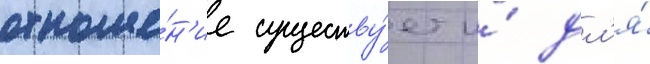
отноше́н'ие существу́ет и́ дл'я́